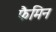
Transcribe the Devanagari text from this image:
फैमिन